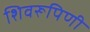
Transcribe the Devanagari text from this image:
शिवरूपिणी